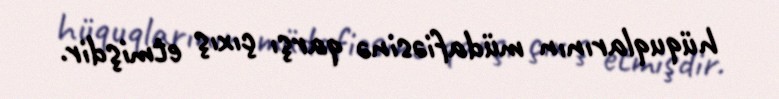
hüquqlarının müdafiəsinə qarşı çıxış etmişdir.